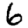
Digit: 6